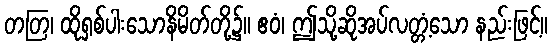
တတြ၊ ထိုရှစ်ပါးသောနိမိတ်တို့၌။ ဧဝံ၊ ဤသို့ဆိုအပ်လတ္တံ့သော နည်းဖြင့်။